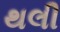
થલી